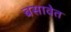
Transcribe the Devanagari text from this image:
बसावेत